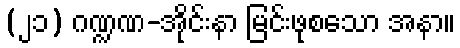
(၂၁) ဂဏ္ဍဏ-အိုင်းနာ မြင်းဖုစသော အနာ။